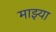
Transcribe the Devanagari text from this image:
माझ्या